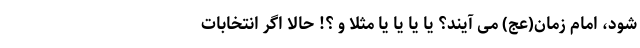
شود، امام زمان(عج) می آیند؟ یا یا یا یا مثلاً و ؟! حالا اگر انتخابات